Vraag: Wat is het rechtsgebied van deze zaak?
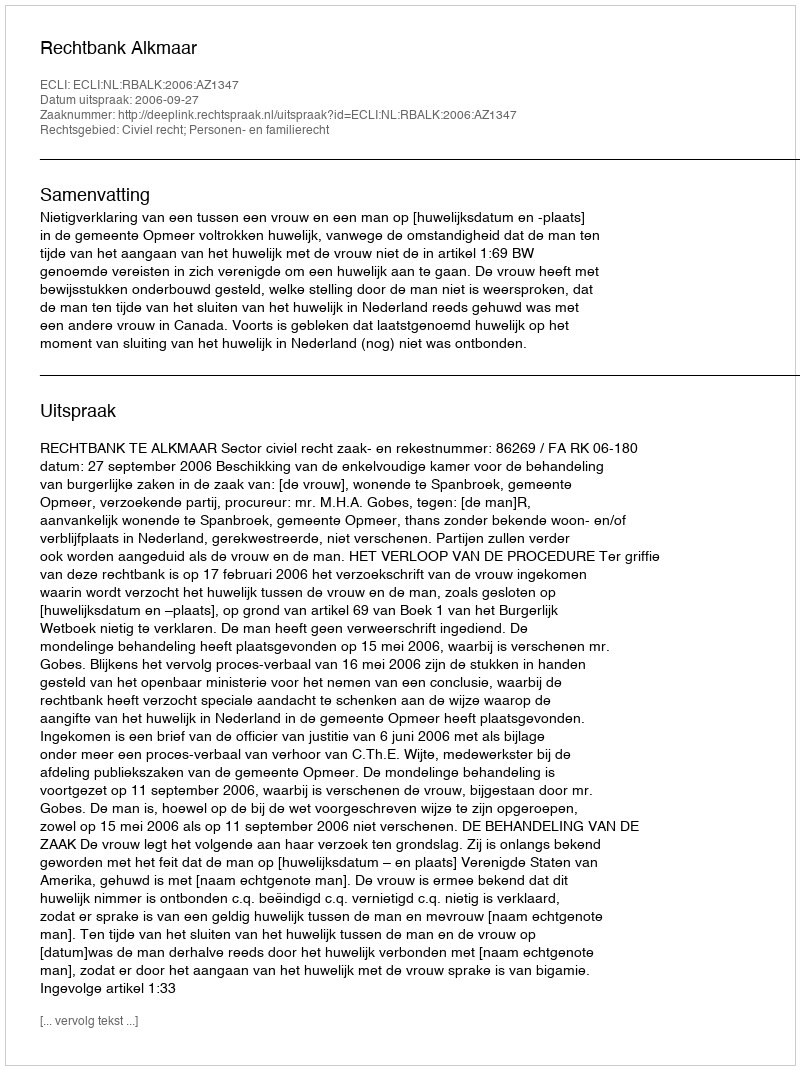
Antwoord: Civiel recht; Personen- en familierecht